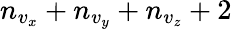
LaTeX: n_{v_{x}}+n_{v_{y}}+n_{v_{z}}+2